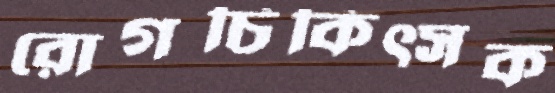
রোগচিকিত্সক